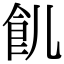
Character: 䶿